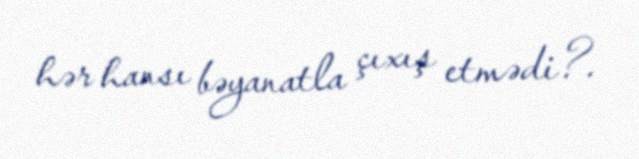
hər hansı bəyanatla çıxış etmədi?.